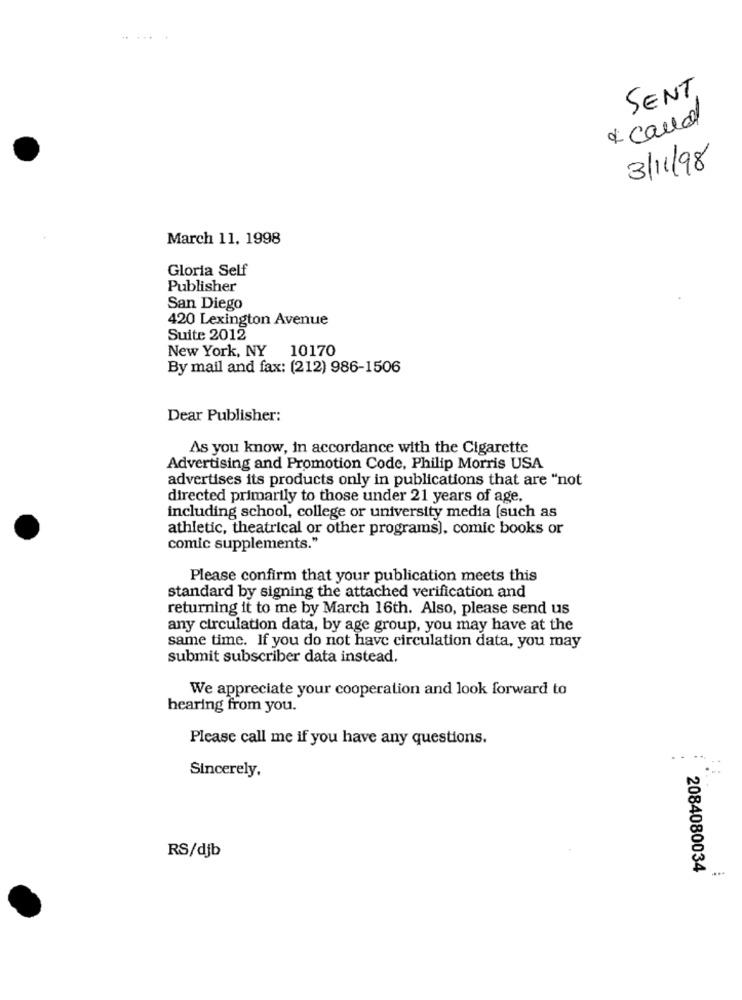
SENT.
* could
3/11/98
March 11, 1998
Gloria Self
Publisher
San Diego
420 Lexington Avenue
Suite 2012
New York, NY
10170
By mail and fax: (212) 986-1506
Dear Publisher:
As you know, in accordance with the Cigarette
Advertising and Promotion Code, Philip Morris USA
advertises its products only in publications that are "not
directed primarily to those under 21 years of age,
including school, college or university media [such as
athletic, theatrical or other programs), comic books or
comic supplements."
Please confirm that your publication meets this
standard by signing the attached verification and
returning it to me by March 16th. Also, please send us
any circulation data, by age group, you may have at the
same time. If you do not have circulation data, you may
submit subscriber data instead.
We appreciate your cooperation and look forward to
hearing from you.
Please call me if you have any questions.
Sincerely,
RS/djb
2084080034
....